King Institute of Preventive Medicine Micro-Biological Section reports 1909-11
Year: 1909
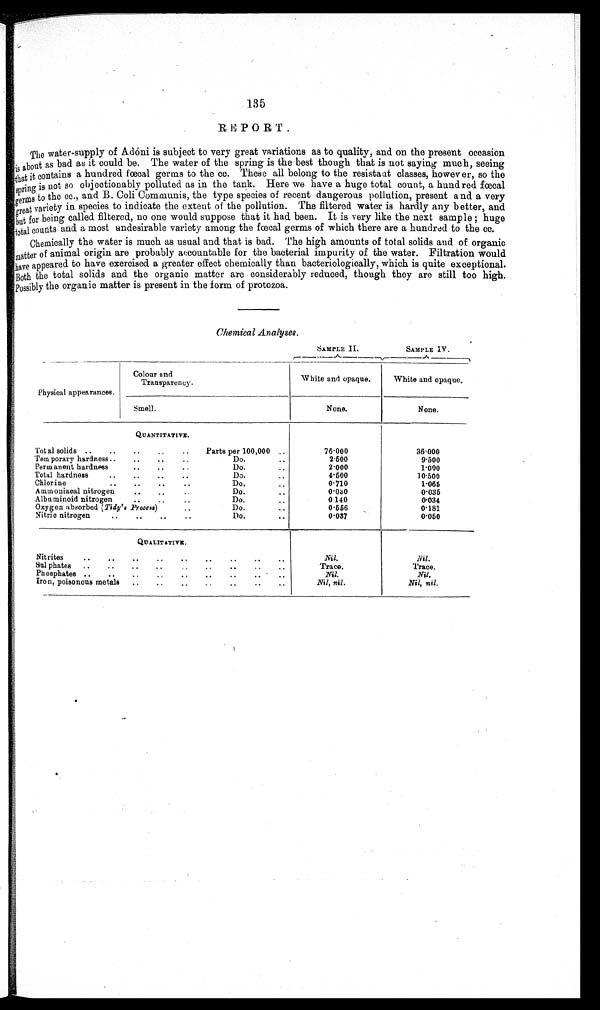
SAMPLE II.
SAMPLE IV.
135
REP0RT.
The water-supply of Adóni is subject to very great variations as to quality, and on the present occasion
is about as bad as it could be. The water of the spring is the best though that is not saying much, seeing
that it contains a hundred fœcal germs to the cc. These all belong to the resistant classes, however, so the
spring is not so objectionably polluted as in the tank. Here we have a huge total count, a hundred fœcal
germs to the cc., and B. Coli Comiuunis, the type species of recent dangerous pollution, present and a very
great variety in species to indicate the extent of the pollution. The filtered water is hardly any better, and
but for being called filtered, no one would suppose that it had been. It is very like the next sample ; huge
total counts and a most undesirable variety among the fœcal germs of which there are a hundred to the cc.
Chemically the water is much as usual and that is bad. The high amounts of total solids and of organic
m
atter of animal origin are probably accountable for the bacterial impurity of the water. Filtration would
have
appeared to have exercised a greater effect chemically than bacteriologically, which is quite exceptional.
B o t h t h e t o t a l s o l i d s a n d t h e o r g a n i c m a t t e r a r e c o n s i d e r a b l y r e d u c e d , t h o u g h t h e y a r e s t i l l t o o h i g h .
Possibly the organic matter is present in the form of protozoa.
Chemical Analyses.
Physical appearances.
Colour and
Transparency.
White and opaque.
White and opaque.
Smell.
_
None.
None.
QUANTITATIVE.
Total solids .. .. .. .. .. Parts per 100,000 ..
76.000
36.000
Tem porary hardness .. .. .. ..
Do.
..
2500
9.500
Permanent hardness
.. ..
Do.
2.000
1.000
Total hardness
.. .. .. ..
Do.
4.500
10.500
Chlorine
.. .. .. ..
..
Do.
0.710
1.065
Ammoniacal nitrogen .. .. ..
..
Do.
..
0.03 0
0
.035
Albaminoid nitrogen
.. .. ..
Do.
0 140
0.034
Oxygen absorbed (Tidy's _Process)
Do.
0.556
0.181
Nitric nitrogen
.. .. .. ..
Do.
..
0.037
0
.050
QUALITATIVE.
Nitrites
Nil.
Nil.
.. .. .. ..
. .
Sul phates .. .. .. ..
.. .. .. ..
.. ..
Trace.
Trace.
Phosphates .. . . .. ..
. .
..
..
'
Nil.
Nil.
Iron, poisonous metals .. .. ..
.. ..
..
_. .. .. ..
Nil, nil.
Nil, nil.